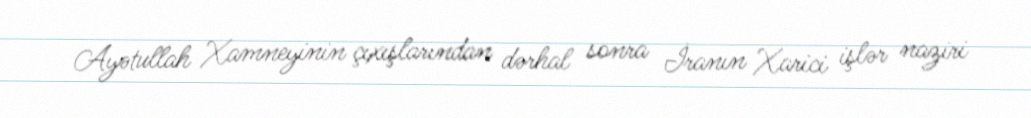
Ayətullah Xamneyinin çıxışlarından dərhal sonra İranın Xarici işlər naziri